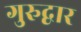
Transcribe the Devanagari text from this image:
गुरुद्वार